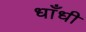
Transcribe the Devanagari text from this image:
धाँधी